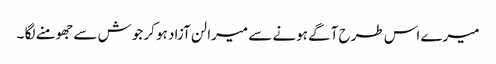
میرے اس طرح آگے ہونے سے میرا لن آزاد ہو کر جوش سے جھومنے لگا ۔